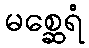
မစ္ဆေရံ